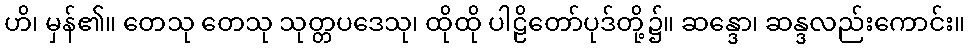
ဟိ၊ မှန်၏။ တေသု တေသု သုတ္တပဒေသု၊ ထိုထို ပါဠိတော်ပုဒ်တို့၌။ ဆန္ဒော၊ ဆန္ဒလည်းကောင်း။